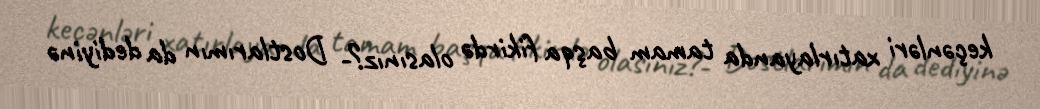
keçənləri xatırlayanda tamam başqa fikirdə olasınız?- Dostlarımın da dediyinə